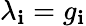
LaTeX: \lambda_{\mathbf{i}}=g_{\mathbf{i}}